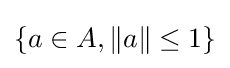
\{a\in A,\|a\|\leq 1\}